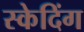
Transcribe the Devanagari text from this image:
स्केदिंग